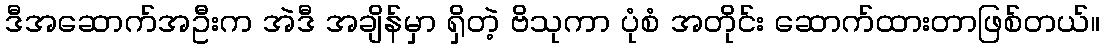
ဒီအဆောက်အဦးက အဲဒီ အချိန်မှာ ရှိတဲ့ ဗိသုကာ ပုံစံ အတိုင်း ဆောက်ထားတာဖြစ်တယ်။